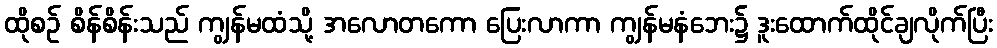
ထိုစဉ် စိန်စိန်းသည် ကျွန်မထံသို့ အလောတကော ပြေးလာကာ ကျွန်မနံဘေး၌ ဒူးထောက်ထိုင်ချလိုက်ပြီး